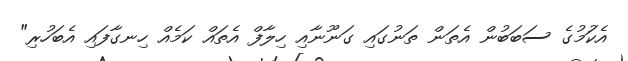
އެކަުމުގެ ސަބަބުން އެތަން ތަނުގައި ގަނޫނާއި ހިލާފް އެތައް ކަމެއް ހިނގާފައި އެބަހުރި"